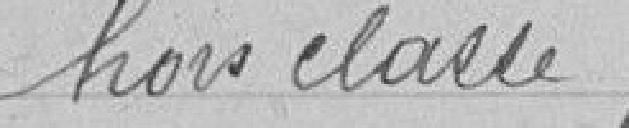
hors classe